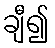
ချီ၍